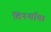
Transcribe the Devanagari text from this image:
विनशॉक